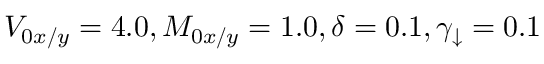
V _ { 0 x / y } = 4 . 0 , M _ { 0 x / y } = 1 . 0 , \delta = 0 . 1 , \gamma _ { \downarrow } = 0 . 1